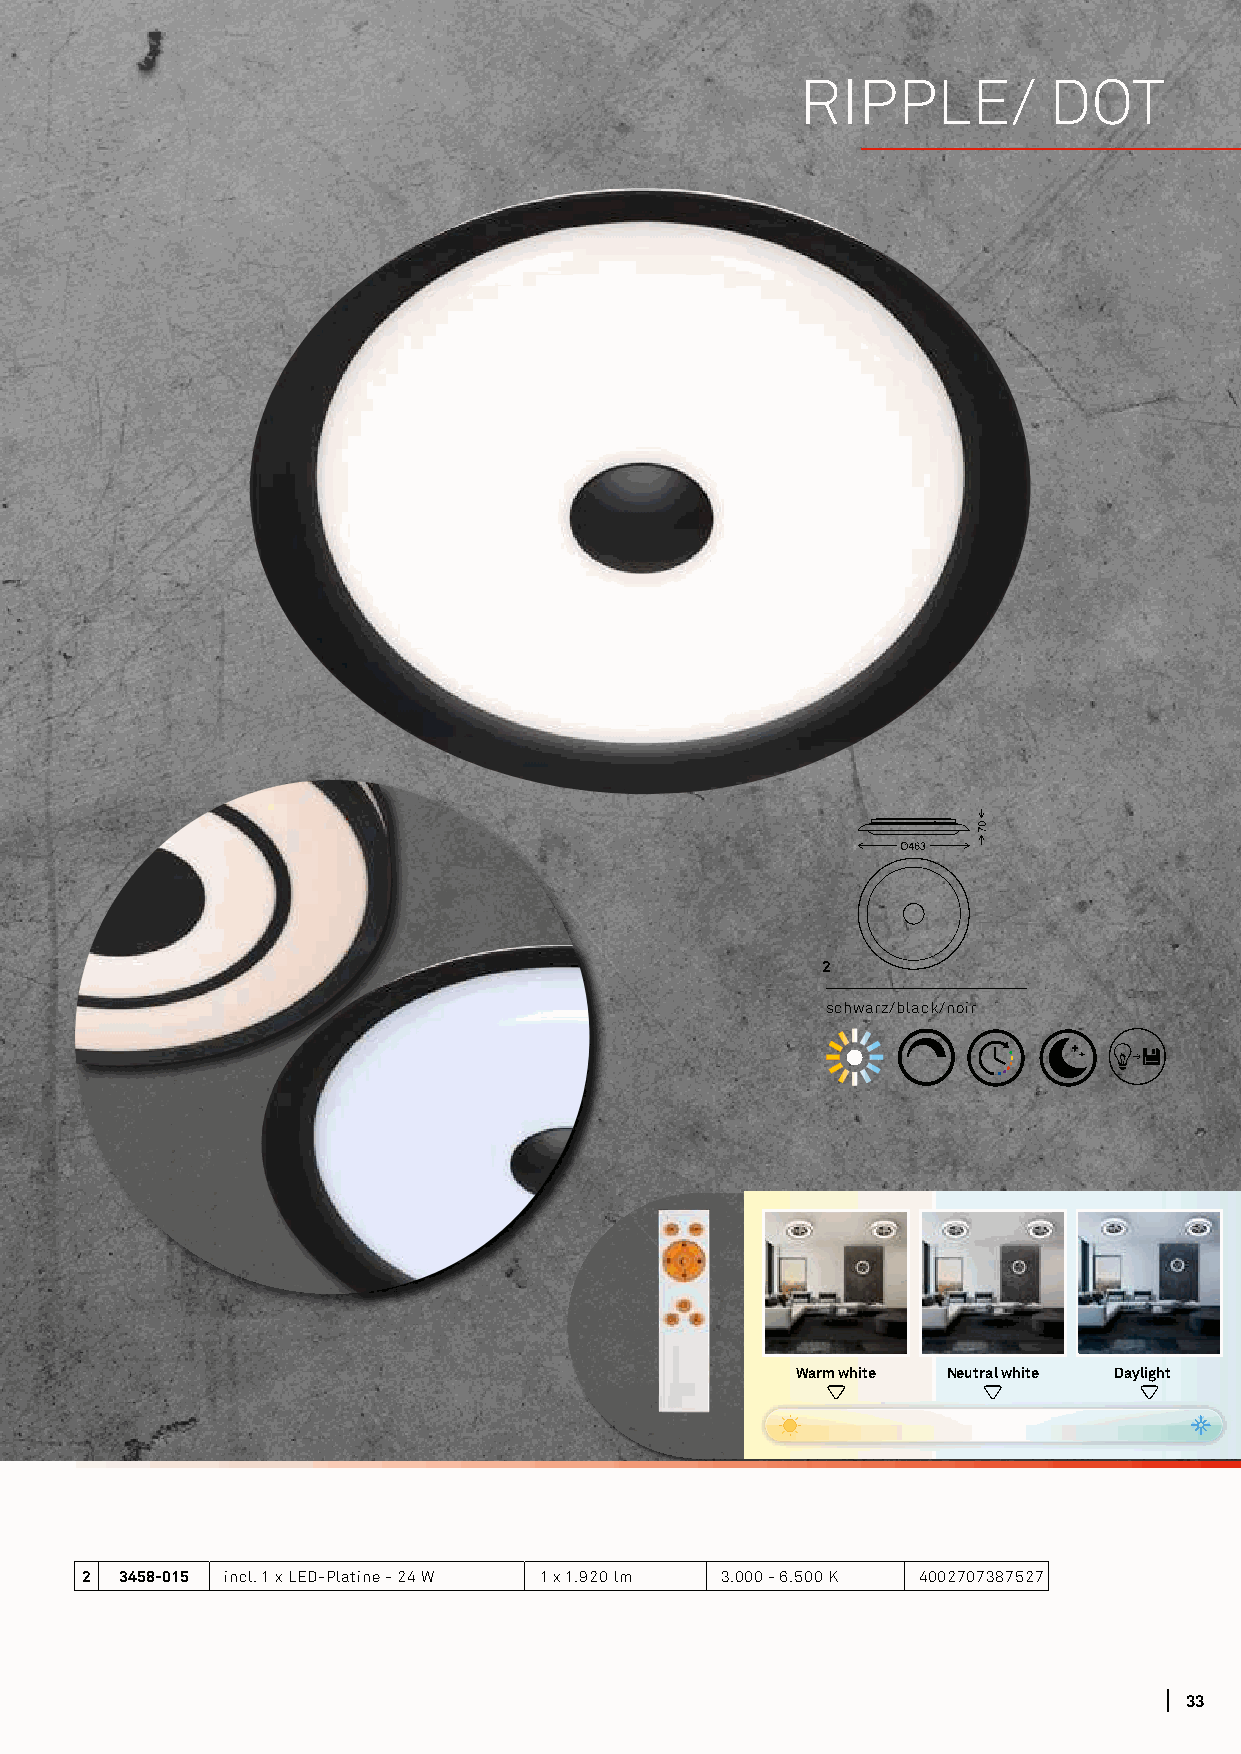
RIPPLE/         DOT
 2
 schwarz/black/noir
 Warm white Neutral white Daylight
 2  3458-015 incl. 1 x LED-Platine - 24 W 1 x 1.920 lm 3.000 - 6.500 K 4002707387527
 3333